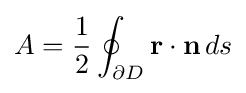
A={\frac {1}{2}}\oint _{\partial D}\mathbf {r} \cdot \mathbf {n} \,ds